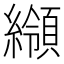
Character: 𦆺